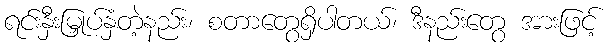
ရင်းနှီးမြှုပ်နှံတဲ့နည်း၊ စတာတွေရှိပါတယ်၊ ဒီနည်းတွေ အားဖြင့်